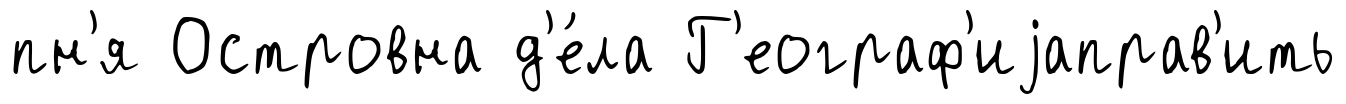
пн'я Островна д'е́ла Г'еограф'иjаправ'ить